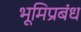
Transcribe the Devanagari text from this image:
भूमिप्रबंध